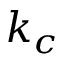
k _ { c }